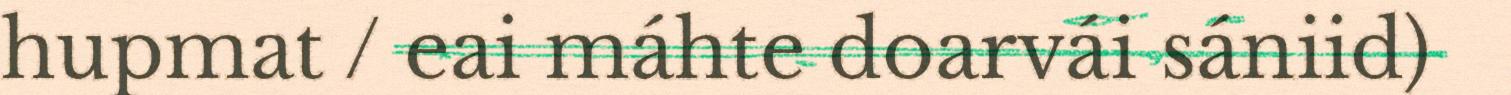
hupmat / eai máhte doarvái sániid)